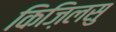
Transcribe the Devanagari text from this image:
किज़िलसु